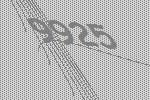
9925